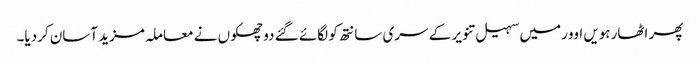
پھر اٹھارہویں اوور میں سہیل تنویر کے سری سانتھ کو لگائے گئے دو چھکوں نے معاملہ مزید آسان کردیا۔